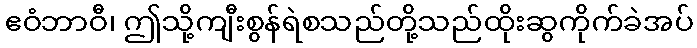
ဧဝံဘာဝီ၊ ဤသို့ကျီးစွန်ရဲစသည်တို့သည်ထိုးဆွကိုက်ခဲအပ်